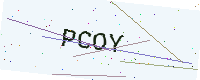
Text: PCOY